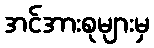
အင်အားစုများမှ